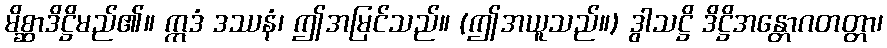
မိစ္ဆာဒိဋ္ဌိမည်၏။ ဣဒံ ဒဿနံ၊ ဤအမြင်သည်။ (ဤအယူသည်။) ဒွါသဋ္ဌိ ဒိဋ္ဌိအန္တောဂတတ္တာ၊